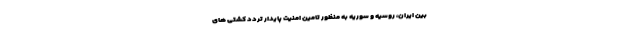
بین ایران، روسیه و سوریه به منظور تامین امنیت پایدار تردد کشتی های